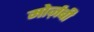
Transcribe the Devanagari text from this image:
मोर्ज़बी